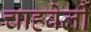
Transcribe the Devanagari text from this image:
चाहवेली